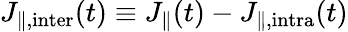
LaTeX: J_{\parallel,\mathrm{inter}}(t)\equiv J_{\parallel}(t)-J_{\parallel,\mathrm{intra}}(t)